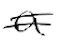
Text: a
Cross-out: double-line
Writing tool: digital_black